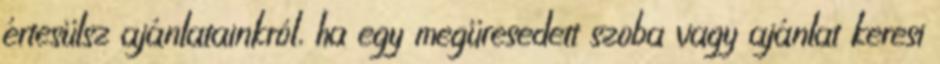
értesülsz ajánlatainkról, ha egy megüresedett szoba vagy ajánlat keresi